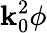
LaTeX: \mathbf{k}_{0}^{2}\phi